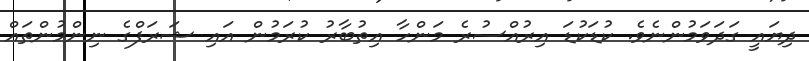
ދިޔައީ ގަދަވަމުންނެވެ. ކުޑަކުޑަ އިރުއްސުރެ މަންހާ އިތުބާރު ކުރަމުން އައި ޝަރަފްގެ ނިންމުންތައް